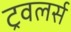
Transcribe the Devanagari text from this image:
ट्रवलर्स